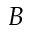
B